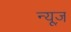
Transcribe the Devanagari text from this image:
न्‍यूज़